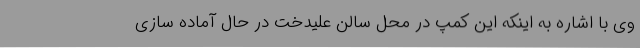
وی با اشاره به اینکه این کمپ در محل سالن علیدخت در حال آماده سازی